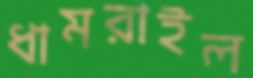
ধামরাইল